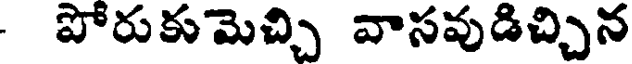
- పోరుకుమెచ్చి వాసవుడిచ్చిన